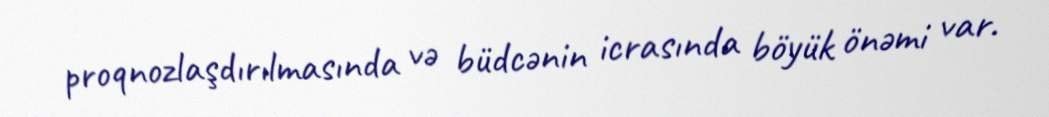
proqnozlaşdırılmasında və büdcənin icrasında böyük önəmi var.